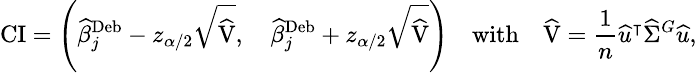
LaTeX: \small\mathrm{CI}=\left(\widehat{\beta}_{j}^{\mathrm{Deb}}-z_{\alpha/2}\sqrt{\widehat{\mathrm{V}}},\quad\widehat{\beta}_{j}^{\mathrm{Deb}}+z_{\alpha/2}\sqrt{\widehat{\mathrm{V}}}\right)\quad\mathrm{with}\quad\widehat{\mathrm{V}}=\frac{1}{n}\widehat{u}^{\intercal}\widehat{\Sigma}^{G}\widehat{u},